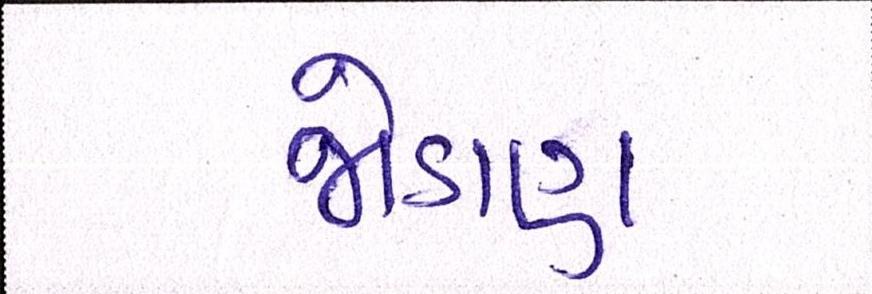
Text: જોડાણ